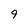
Character: 9